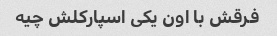
فرقش با اون یکی اسپارکلش چیه